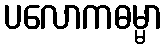
ပလောကဓမ္မာ